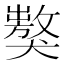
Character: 𤢝